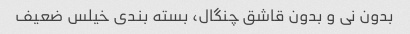
بدون نی و بدون قاشق چنگال، بسته بندی خیلس ضعیف